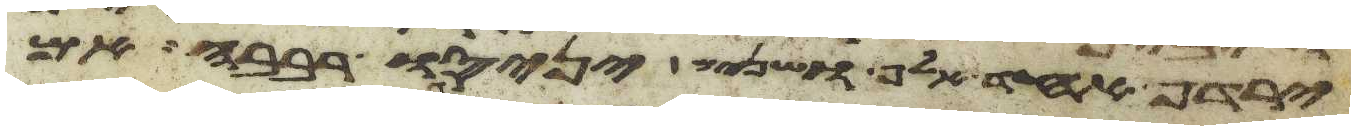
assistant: ירדף אחד אלף ושנים יניסו רבבה אם